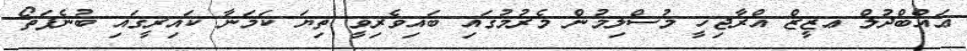
ޢައްބްދުލް ޢޒީޒް އްރާޖިހީ މުސްލިމުން މެރުމުގައި ބައިވެރިވީ ތިޔަ ކަމަނާ ކައިރީގައި ބުނެފަތޯ